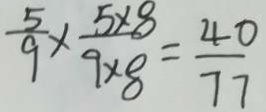
\frac { 5 } { 9 } \times \frac { 5 \times 8 } { 9 \times 8 } = \frac { 4 0 } { 7 7 }